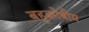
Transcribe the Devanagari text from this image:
बहुकोषीय